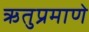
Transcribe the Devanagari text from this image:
ऋतुप्रमाणे